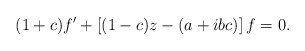
\begin{align*}(1+c)f'+\left[(1-c)z-(a+ibc)\right]f=0.\end{align*}